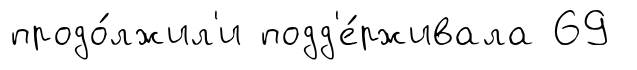
продо́лжил'и подд'е́рживала 69